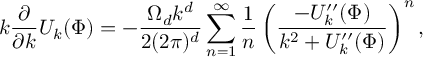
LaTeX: k \frac { \partial } { \partial k } U _ { k } ( \Phi ) = - \frac { \Omega _ { d } k ^ { d } } { 2 ( 2 \pi ) ^ { d } } \sum _ { n = 1 } ^ { \infty } \frac { 1 } { n } \left( \frac { - U _ { k } ^ { \prime \prime } ( \Phi ) } { k ^ { 2 } + U _ { k } ^ { \prime \prime } ( \Phi ) } \right) ^ { n } ,